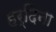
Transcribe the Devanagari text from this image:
हर्दिना